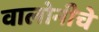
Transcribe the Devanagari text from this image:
वालोनीचे